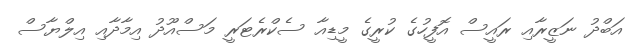
އަބްދު ނަޒީރާއި ރައީސް އޮފީހުގެ ކުރީގެ މީޑިއާ ސެކްރެޓަރީ މަސްއޫދު އިމާދާއި އިލްޔާސް